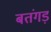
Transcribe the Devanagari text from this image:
बतंगड़